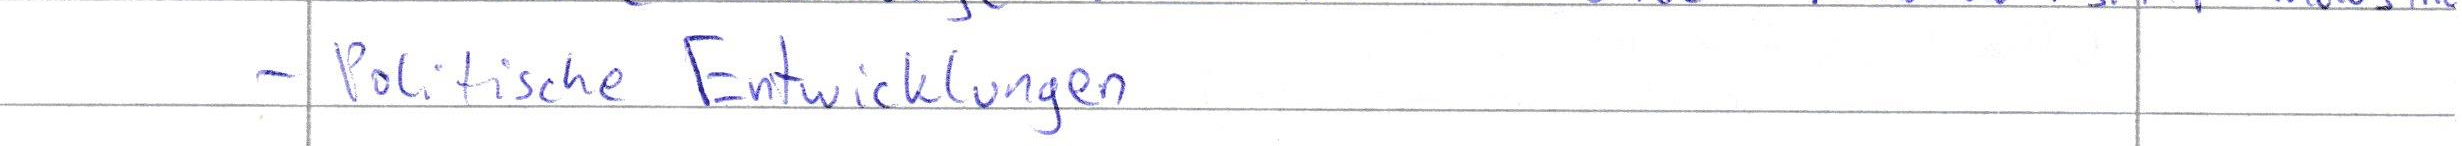
- Politische Entwicklungen